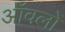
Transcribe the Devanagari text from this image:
आँवलों